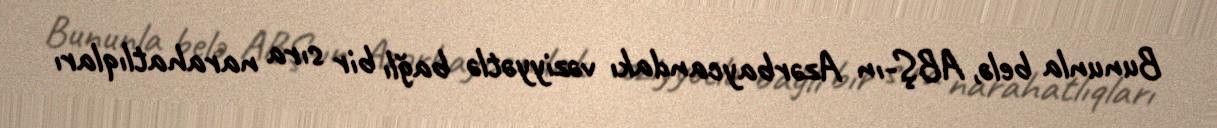
Bununla belə, ABŞ-ın Azərbaycandakı vəziyyətlə bağlı bir sıra narahatlıqları